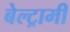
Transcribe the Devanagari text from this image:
बेल्ट्रामी